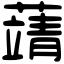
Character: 𦽴